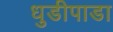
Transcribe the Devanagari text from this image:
धुडीपाडा